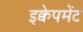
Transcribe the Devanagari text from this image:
इक्वेपमेंट